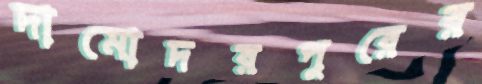
দামোদরপুরের